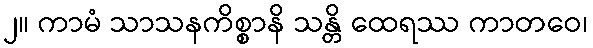
၂။ ကာမံ သာသနကိစ္စာနိ သန္တိ ထေရဿ ကာတဝေ၊